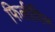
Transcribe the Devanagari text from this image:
फिलीपिन